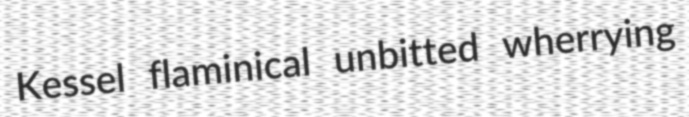
Kessel flaminical unbitted wherrying